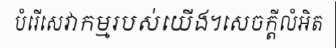
បំរើសេវាកម្មរបស់យើង។សេចក្តីលំអិត